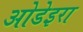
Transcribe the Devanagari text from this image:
ओडेइरा